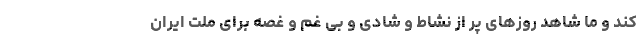
کند و ما شاهد روزهای پر از نشاط و شادی و بی غم و غصه برای ملت ایران